Annual report of the Punjab Veterinary College and of the Civil Veterinary Department, Punjab - 1920-1925
Year: 1920
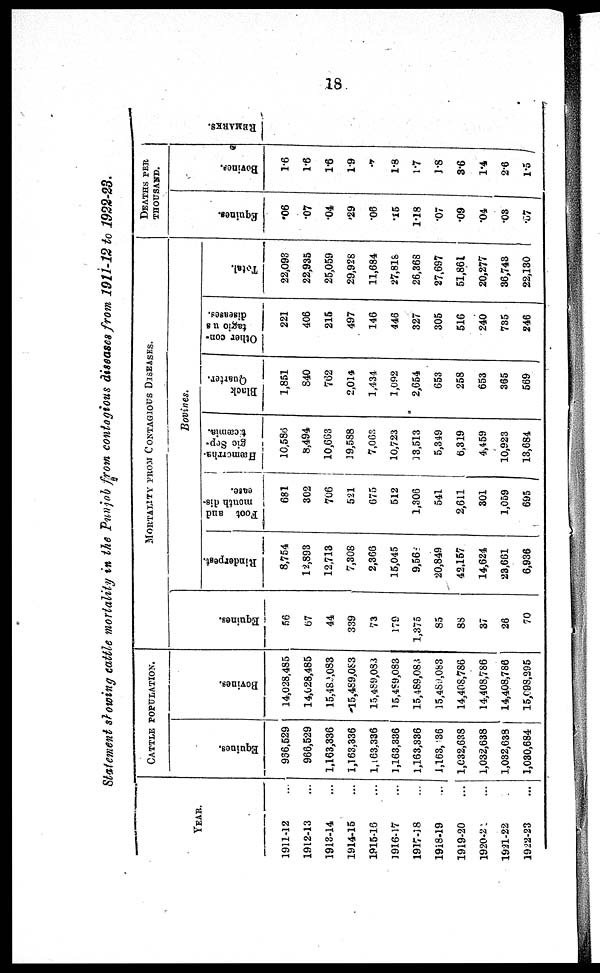
18
Statement showing cattle mortality in the Punjab from contagious diseases from 1911-12 to 1922-23.
YEAR.
1911-12 ...
1912-13 ...
1913-14 ...
1914-15 ...
1915-16 . . .
1916-17 ...
1917-18 ...
1918-19
..
1919-20 ...
1920-21 . . .
1931-22 ...
1922-23 ...
CATTLE POPULATION.
Equi ne s .
936, 529
966, 529
1, 163, 336
1, 163, 336
1, 163, 336
1, 163, 336
1, 163, 336
1, 163, 36
1, 032, 638
1, 032, 638
1, 032, 638
1, 030, 684
Bovi ne s .
14, 028, 485
14, 028, 485
15, 489, 083
15, 489, 083
15, 489, 083
15, 489, 083
15, 489, 083
15, 489, 083
14, 408, 786
14, 408, 786
14, 408, 786
15, 098, 295
MORTALITY FROM CONTAGIOUS DISEASES.
Equi ne s .
56
67
44
339
73
179
1, 375
85
88
37
26
70
Bovines.
Rinderpest.
8, 754
12, 893
12, 713
7, 308
2, 366
15, 045
9, 56
20, 849
42. 157
14, 624
23, 661
6, 936
Foot and
mouth dis-
ease.
681
302
706
521
675
512
1, 306
541
2, 611
301
1, 059
695
Hæmorrha-
gic Sep-
ticæmia.
10, 586
8, 494
10, 663
19, 588
7, 063
10, 723
13, 513
5, 349
6, 319
4, 459
10, 923
13, 684
Black
Quarter.
1, 851
840
762
2, 014
1, 434
1, 092
2, 654
653
258
653
365
569
Other con-
diseases.
221
406
215
497
146
446
327
305
516
240
735
246
Total.
22, 093
22, 935
25, 059
29, 928
11, 684
27, 818
26, 368
27, 697
51, 861
20, 277
36, 743
22, 130
DEATHS PER
THOUSAND.
Equi ne s .
.06
.07
.04
.29
.06
.15
1. 18
.07
.09
.04
.03
.07
Bovi ne s .
1. 6
1. 6
1. 6
1. 9
. 7
1. 8
1. 7
1. 8
3. 6
1. 4
2. 6
1.5
REMARKS.